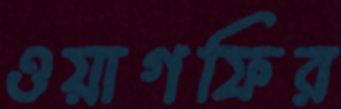
ওয়াগফির